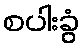
စပါးခွံ